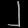
Digit: ၂